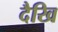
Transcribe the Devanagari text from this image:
दैखि